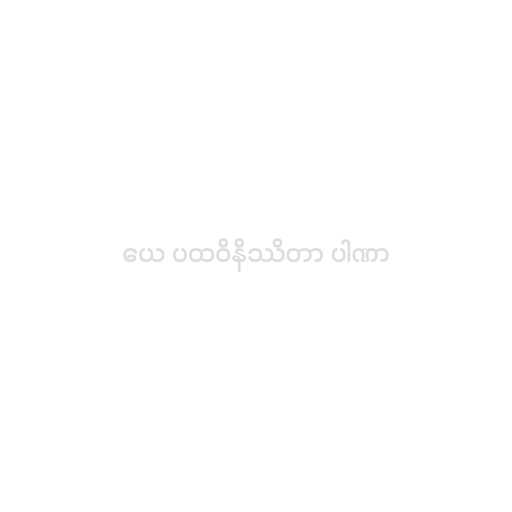
ယေ ပထဝိနိဿိတာ ပါဏာ